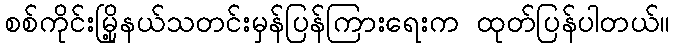
စစ်ကိုင်းမြို့နယ်သတင်းမှန်ပြန်ကြားရေးက ထုတ်ပြန်ပါတယ်။